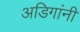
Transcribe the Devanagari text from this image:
अडिगांनी